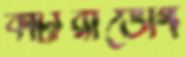
কাটারীভোগ